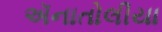
ઍનાતોલીયા